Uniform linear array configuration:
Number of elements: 4
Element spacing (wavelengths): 0.25
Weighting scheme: exponential
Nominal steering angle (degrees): -45
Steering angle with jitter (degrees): -45.354
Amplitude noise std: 0.05
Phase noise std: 0.05

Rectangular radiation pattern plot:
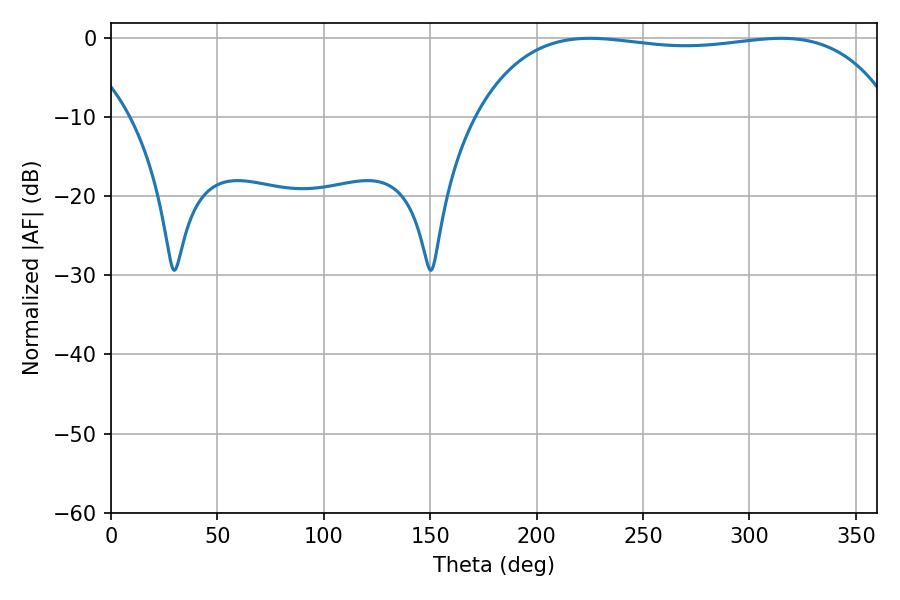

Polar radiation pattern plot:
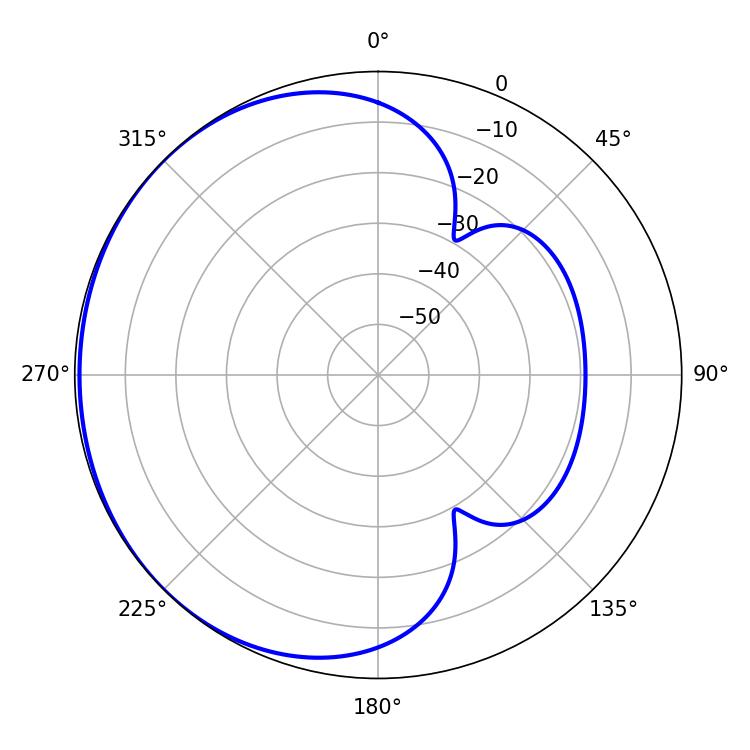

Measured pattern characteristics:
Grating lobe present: FALSE
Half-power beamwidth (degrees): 157.32
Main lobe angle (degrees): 225